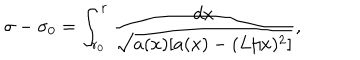
LaTeX: \sigma - \sigma _ { 0 } = \int _ { r _ { 0 } } ^ { r } \frac { d x } { \sqrt { a ( x ) [ a ( x ) - ( L / x ) ^ { 2 } ] } } ,